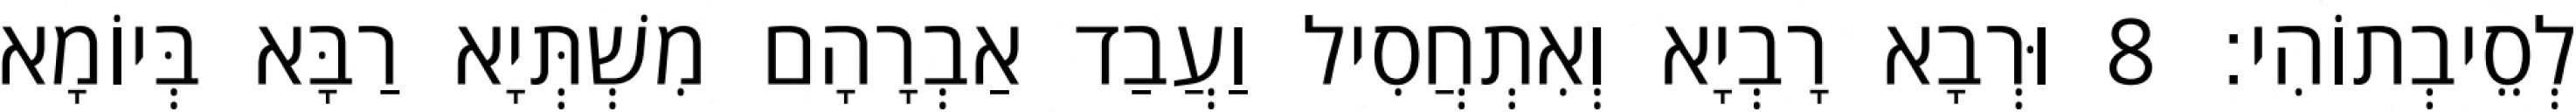
לְסֵיבְתוֹהִי׃ 8 וּרְבָא רָבְיָא וְאִתְחֲסִיל וַעֲבַד אַבְרָהָם מִשְׁתְּיָא רַבָּא בְּיוֹמָא